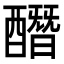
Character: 䤐